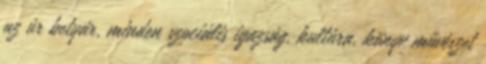
az úr betyár, minden szociális igazság, kultúra, könyv művészet